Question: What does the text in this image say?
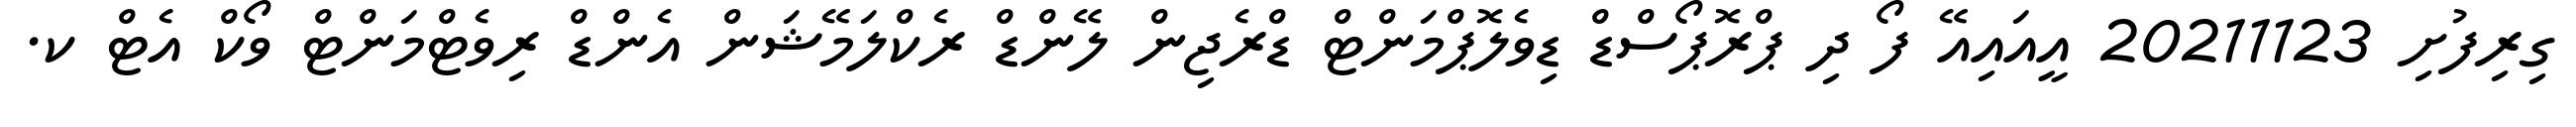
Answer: ގިރިފުށި 20211123 އީއައިއޭ ފޯ ދި ޕްރޮޕޯސްޑް ޑިވެލޮޕްމަންޓް ޑްރެޖިން ލޭންޑް ރެކްލަމޭޝަން އެންޑް ރިވެޓްމަންޓް ވޯކް އެޓް ކ.